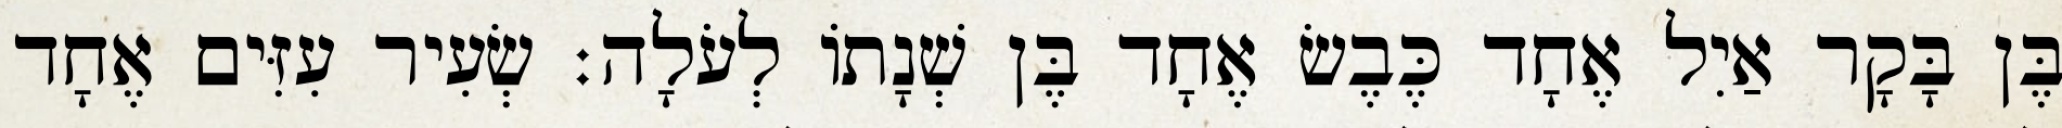
בֶּן בָּקָר אַיִל אֶחָד כֶּבֶשׂ אֶחָד בֶּן שְׁנָתוֹ לְעֹלָה׃ שְׂעִיר עִזִּים אֶחָד